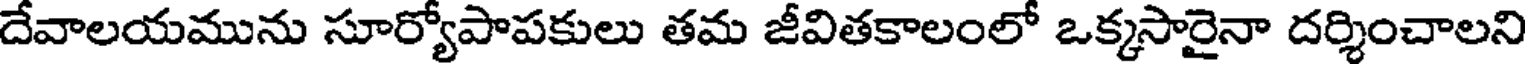
దేవాలయమును సూర్యోపాపకులు తమ జీవితకాలంలో ఒక్కసారైనా దర్శించాలని